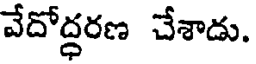
వేదోద్ధరణ చేశాడు.